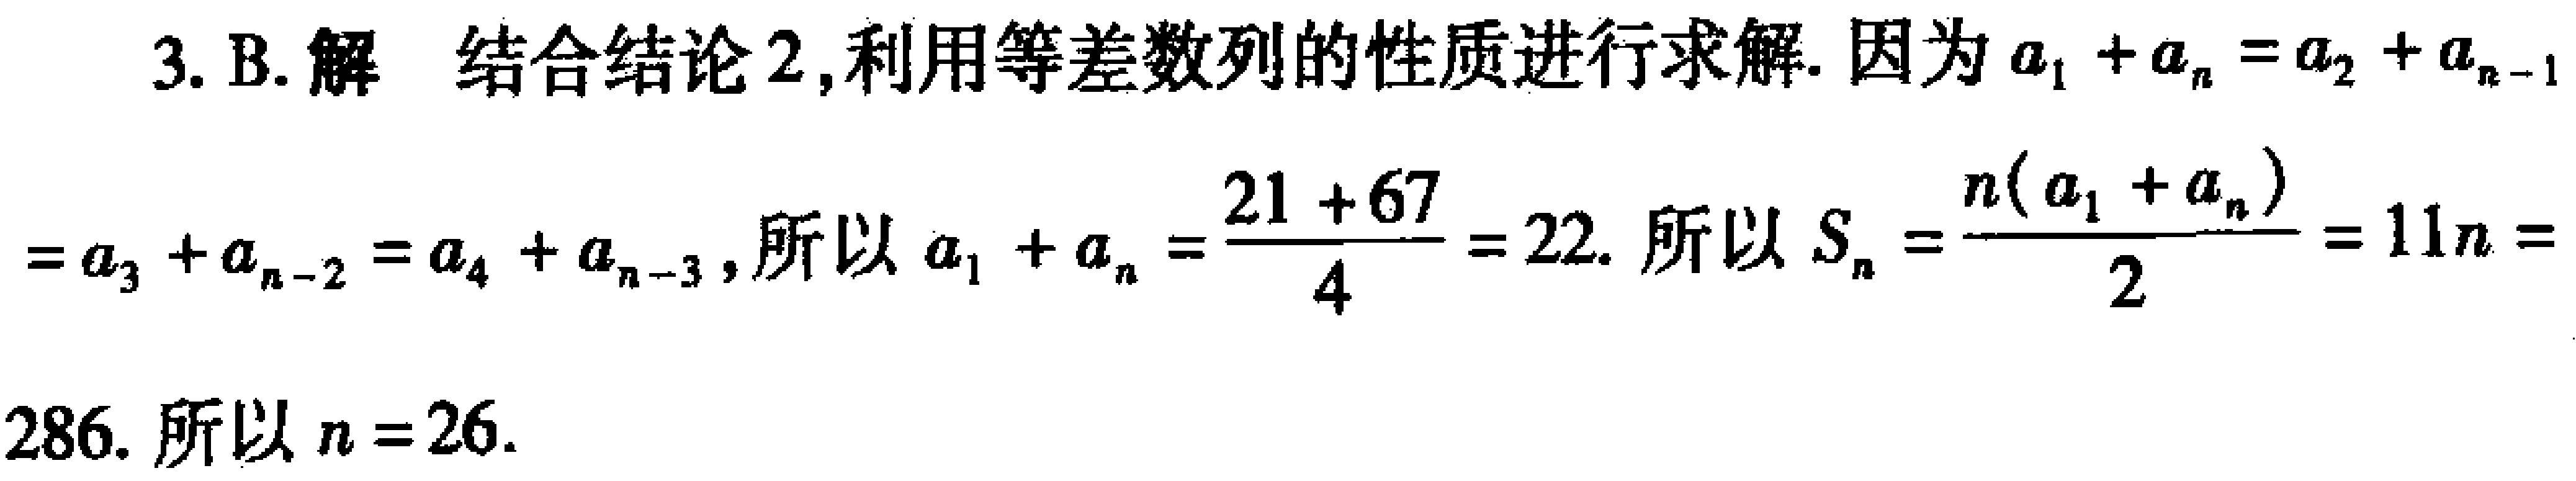
3. B. 解 结合结论2,利用等差数列的性质进行求解. 因为\(a_{1}+a_{n}=a_{2}+a_{n - 1}\)
\(=a_{3}+a_{n - 2}=a_{4}+a_{n - 3}\), 所以\(a_{1}+a_{n}=\frac{21 + 67}{4}=22\). 所以\(S_{n}=\frac{n(a_{1}+a_{n})}{2}=11n = \)
286. 所以\(n = 26\).